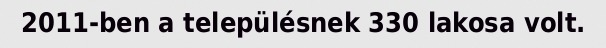
2011-ben a településnek 330 lakosa volt.